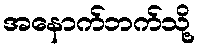
အနောက်ဘက်သို့